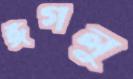
ঈগলু